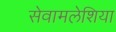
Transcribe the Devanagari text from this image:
सेवामलेशिया